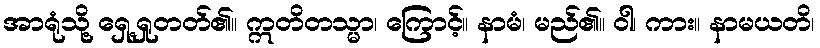
အာရုံသို့ ရှေ့ရှုတတ်၏။ ဣတိတသ္မာ၊ ကြောင့်။ နာမံ၊ မည်၏။ ဝါ၊ ကား။ နာမယတိ၊